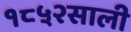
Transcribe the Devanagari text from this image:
१८५२साली